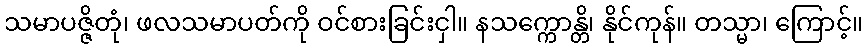
သမာပဇ္ဇိတုံ၊ ဖလသမာပတ်ကို ဝင်စားခြင်းငှါ။ နသက္ကောန္တိ၊ နိုင်ကုန်။ တသ္မာ၊ ကြောင့်။